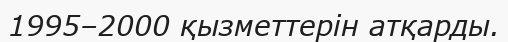
1995–2000 қызметтерін атқарды.